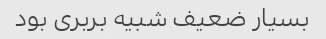
بسیار ضعیف شبیه بربری بود